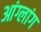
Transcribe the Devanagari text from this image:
आंग्लांग